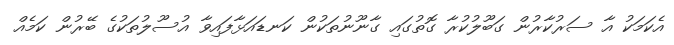
އެކަމަކު އާ ސަރުކާރުން ގަބޫލުކުރާ ގޮތުގައި ގާނޫނުތަކުން ކަނޑައަޅާފައިވާ އުސޫލުތަކުގެ ބޭރުން ކަމެއް